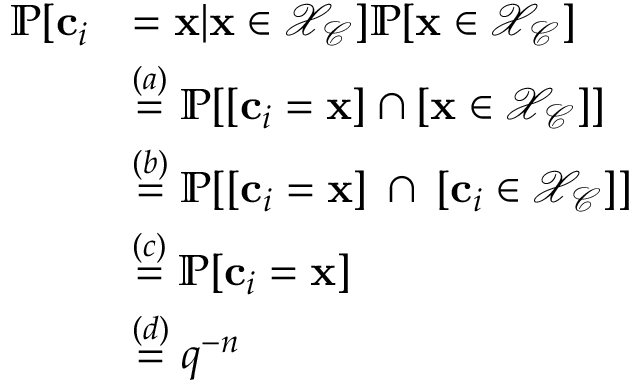
\begin{array} { r l } { \mathbb { P } [ \mathbf { c } _ { i } } & { = \mathbf { x } | \mathbf { x } \in \mathcal { X } _ { \mathcal { C } } ] \mathbb { P } [ \mathbf { x } \in \mathcal { X } _ { \mathcal { C } } ] } \\ & { \overset { ( a ) } { = } \mathbb { P } [ [ \mathbf { c } _ { i } = \mathbf { x } ] \cap [ \mathbf { x } \in \mathcal { X } _ { \mathcal { C } } ] ] } \\ & { \overset { ( b ) } { = } \mathbb { P } [ [ \mathbf { c } _ { i } = \mathbf { x } ] \: \cap \: [ \mathbf { c } _ { i } \in \mathcal { X } _ { \mathcal { C } } ] ] } \\ & { \overset { ( c ) } { = } \mathbb { P } [ \mathbf { c } _ { i } = \mathbf { x } ] } \\ & { \overset { ( d ) } { = } q ^ { - n } } \end{array}